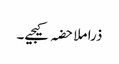
ذرا ملاحضہ کیجیے۔